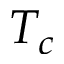
T _ { c }